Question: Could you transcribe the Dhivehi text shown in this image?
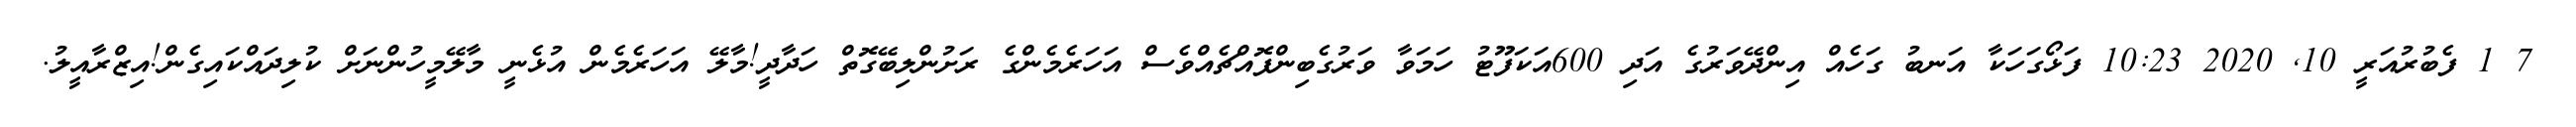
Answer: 7 1 ފެބުރުއަރީ 10, 2020 10:23 ފަޅޯގަހަކާ އަނބު ގަހެއް އިންދޭވަރުގެ އަދި 600އަކަފޫޓު ހަމަވާ ވަރުގެބިންފޮއްޗެއްވެސް އަހަރެމެންގެ ރަށުންލިބޭގޮތް ހަދާދީ!މާލޭ އަހަރެމެން އުޅެނީ މާލޭމީހުންނަށް ކުލިދައްކައިގެން!އިޒްރާއީލު.